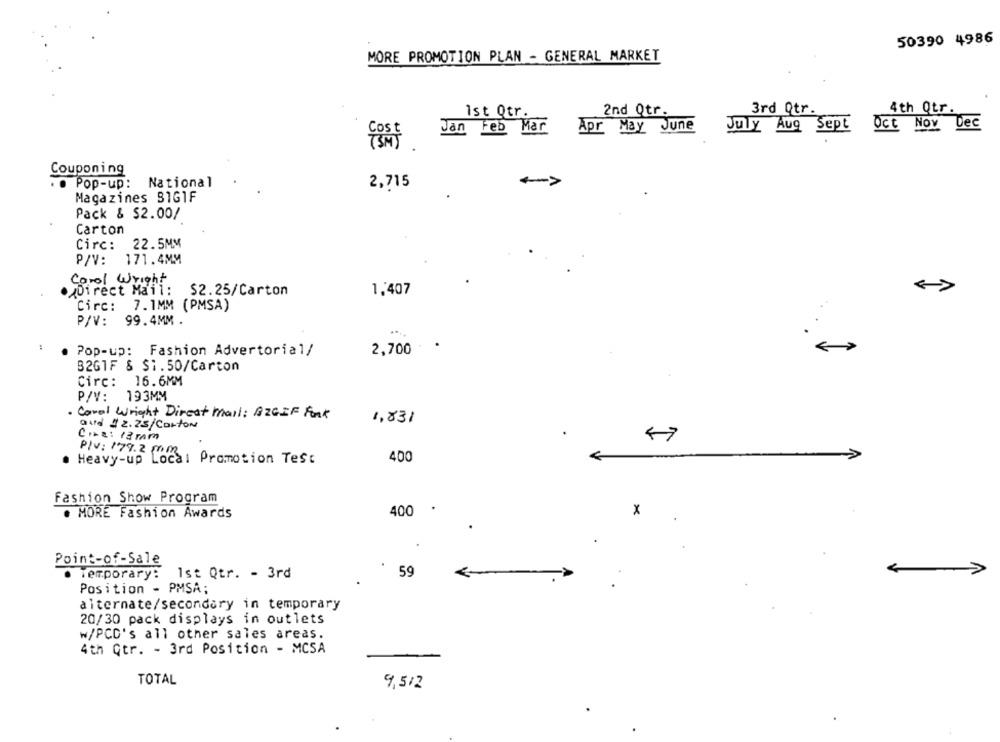
50390 4986
MORE PROMOTION PLAN - GENERAL MARKET
2nd Qtr.
3rd Qtr.
4th Qtr.
ist Qtr.
Oct Nov Dec
Jan Feb Mar Apr May June
July Aug Sept
Couponing
. Pop-up: National
2,715
Magazines 81G1F
Pack & $2.00/
Carton
22.5MM
Circ:
P/V:
171.4MM
Corol Wright
Direct Mail :
$2.25/Carton
1,407
Circ:
7.1MM (PMSA)
P/V:
99.4MM .
Pop-up: Fashion Advertorial/
2,700
B2GTF & $1.50/Carton
Circ: 16.6MM
P/V: 193MM
Coral Wright Direct mail: BZGIF Fonk
1,831
aud #2.25/Corfor
C.ze: 13 mm
PIV: 179.2 mm
Heavy-up Local Promotion Test
400
>
Fashion Show Program
400
x
MORE Fashion Awards
Point-of-Sale
Temporary: 1st Qtr. - 3rd
59
Position - PMSA;
alternate/secondary in temporary
20/30 pack displays in outlets
w/PCD's all other sales areas.
4th Qtr. - 3rd Position - MCSA
TOTAL
9,512